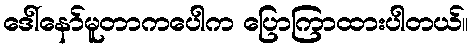
ဒေါ်နော်မူတာကပေါက ပြောကြာထားပါတယ်။